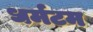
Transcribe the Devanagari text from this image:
धर्मटम